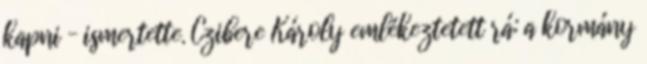
kapni – ismertette. Czibere Károly emlékeztetett rá: a kormány